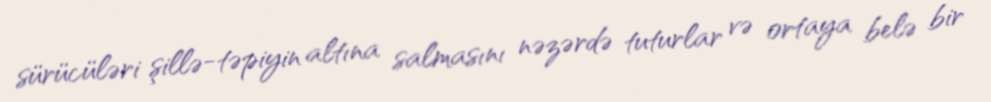
sürücüləri şillə-təpiyin altına salmasını nəzərdə tuturlar və ortaya belə bir